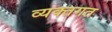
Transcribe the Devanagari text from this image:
व्यक्तगत